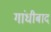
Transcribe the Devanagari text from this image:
गांधीबाद